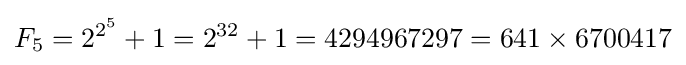
F_{5}=2^{2^{5}}+1=2^{32}+1=4294967297=641\times 6700417